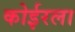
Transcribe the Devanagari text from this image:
कोईरला